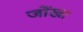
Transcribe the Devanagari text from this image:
जोंखा